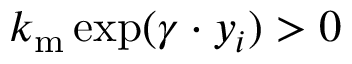
k _ { \mathrm { m } } \exp ( \gamma \cdot y _ { i } ) > 0